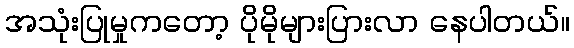
အသုံးပြုမှုကတော့ ပိုမိုများပြားလာ နေပါတယ်။